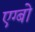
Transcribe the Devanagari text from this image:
एग्बो